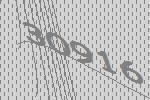
30916